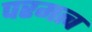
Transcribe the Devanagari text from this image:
परमत्व